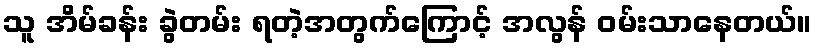
သူ အိမ်ခန်း ခွဲတမ်း ရတဲ့အတွက်ကြောင့် အလွန် ဝမ်းသာနေတယ်။